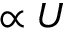
\propto U